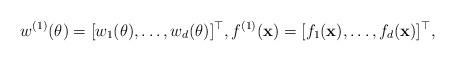
LaTeX: \begin{align*}w^{(1)}(\theta)=[w_1(\theta),\ldots,w_d(\theta)]^\top,f^{(1)}({\bf{x}})=[f_1({\bf{x}}),\ldots,f_d({\bf{x}})]^\top,\end{align*}